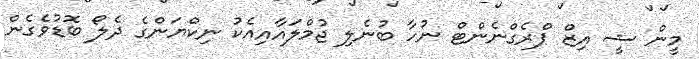
މީން ޝީ އިޒް ޕްރެގްނެންޓް ނުހާ ބުނެލި ޖުމްލައާއިއެކު ނިކްޔަންގެ ދެލޯ ބޮޑުވެގެން